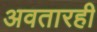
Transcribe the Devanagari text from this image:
अवतारही